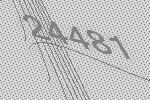
24481